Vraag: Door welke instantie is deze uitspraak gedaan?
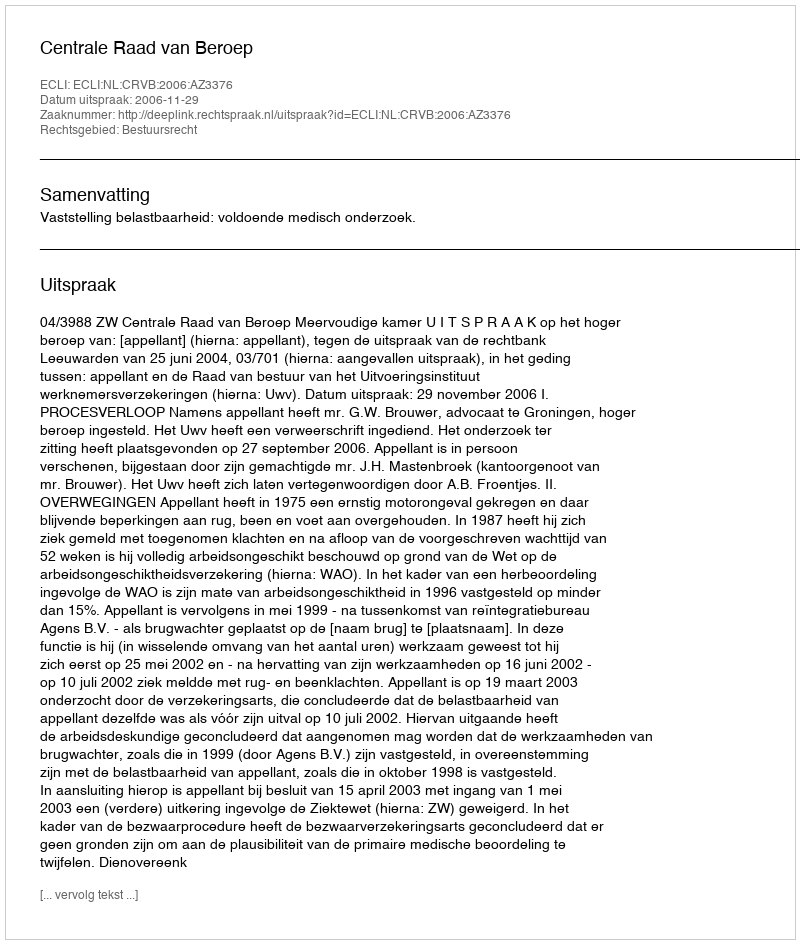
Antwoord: Centrale Raad van Beroep